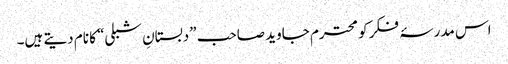
اس مدرسۂ فکر کو محترم جاوید صاحب ”دبستانِ شبلی“ کا نام دیتے ہیں۔